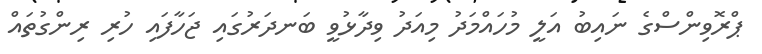
ޕްރޮވިންސްގެ ނައިބު އަލީ މުހައްމަދު މިއަދު ވިދާޅުވީ ބަނދަރުގައި ޖަހާފައި ހުރި ރިންގުތައް